Indian journal of veterinary science and animal husbandry - Volume 2,
Year: 1932
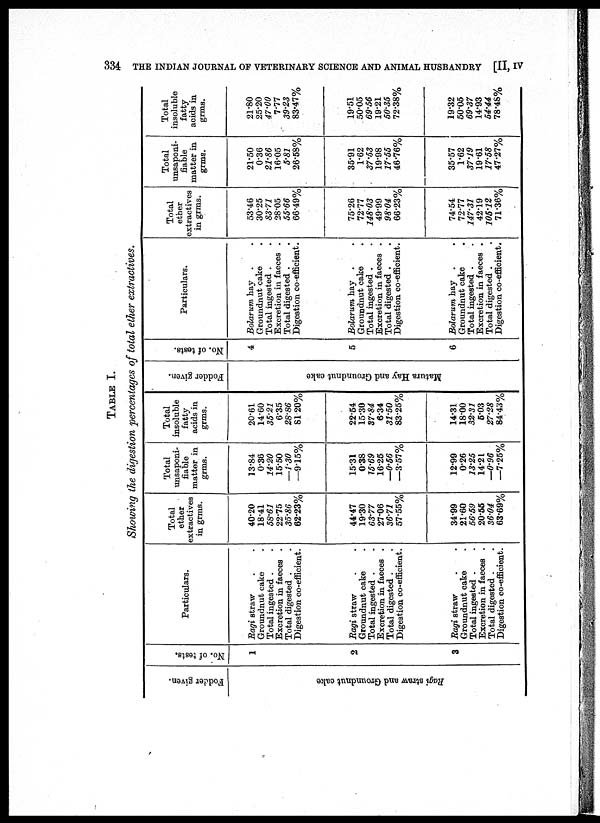
334 THE INDIAN JOURNAL OF VETERINARY SCIENCE AND ANIMAL HUSBANDRY [II, IV
TABLE I.
Showing the digestion percentages of total ether extractives.
Fodder given.
Ragi s t r a w and Gr oundnut cake
No. of tests.
1
2
3
Particulars.
Ragi straw . .
Groundnut cake .
Total ingested . .
Excretion in faeces .
Total digested . .
Digestion co-efficient.
Ragi straw . .
Groundnut cake .
Total ingested .
Excretion in faeces .
Total digested .
Digestion co-efficient.
Ragi straw
Groundnut cake
Total ingested .
Excretion in faeces .
Total digested .
Digestion co-efficient.
Total
ether
extractives
in grms.
40.20
18.41
58.61
22.75
35.86
62.23%
44.47
19.30
63.77
27.06
36.71
57.55%
34.99
21.60
56.59
20.55
36.04
63.69%
Total
unsaponi¬
fiable
matter in
grms.
13.84
0.36
14.20
15.50
—1.30
—9.15%
15.31
0.38
15.69
16.25
0.56
—3.57%
12.99
0.26
13.25
14.21
—0.96
—7.25%
Total
insoluble
fatty
acids in
grms.
20.61
14.60
35.21
6.35
28.86
81.20%
22.54
15.30
37.84
6.34
31.50
83.25%
14.31
18.00
32.31
5.03
27.28
84.43%
Fodder given.
Ma t
ur a Hay and Gr oundnut cake
No. of tests.
4
5
6
Particulars.
Bolarum hay . .
Groundnut cake .
Total ingested . .
Excretion in faeces .
Total digested . .
Digestion co-efficient.
Bolarum hay . .
Groundnut cake . .
Total ingested . .
Excretion in faeces .
Total digested . .
Digestion co-efficient.
Bolarum hay . .
Groundnut cake . .
Total ingested . .
Excretion in faeces .
Total digested . .
Digestion co-efficient.
Total
ether
extractives
in grms.
53.46
30.25
83.71
28.05
55.66
66.49%
75.26
72.77
148.03
49.99
98.04
66.23%
74.54
72.77
147.31
42.19
105.12
71.36%
Total
unsaponi¬
fiable
matter in
grms.
21.50
0.36
21.86
16.05
5.81
26.58%
35.91
1.62
37.53
19.98
17.55
46.76%
35.57
1.62
37.19
19.61
17.58
47.27%
Total
insoluble
fatty
acids in
grms.
21.80
25.20
47.00
7.77
39.23
83.47%
19.51
50.05
69.56
19.21
50.35
72.38%
19.32
50.05
69.37
14.93
54.44
78.48%